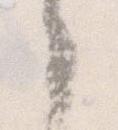
ゝ